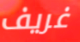
غريف